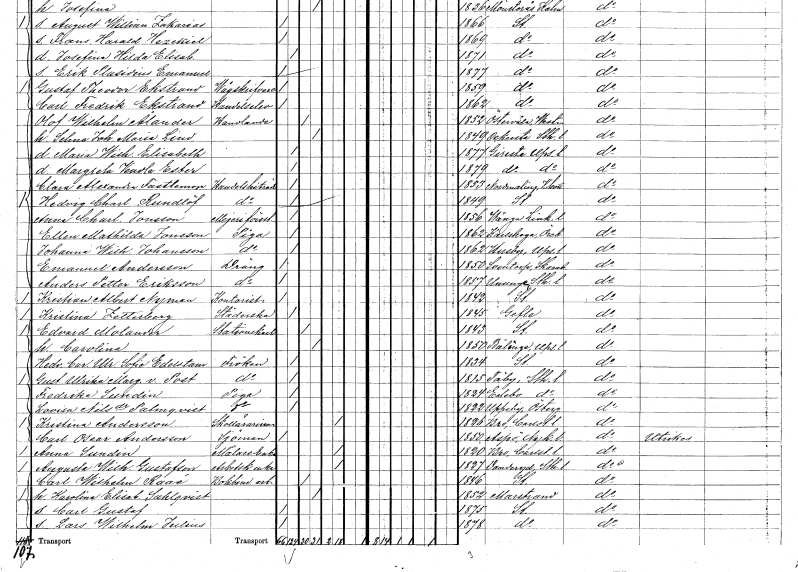
gt_parse: households: individuals: FN: Hedvig Charlotta
EN: Rundlöf
YRKE: Handelsbiträde
KON: K
CIV: O
FODAR: 1849
FODFORS: Stockholm
FN: Anna Charlotta
EN: Jonsson
YRKE: Mejeriföreståndare
KON: K
CIV: O
FODAR: 1856
FODFORS: Vånga Östergötlands län
FN: Ellen Mathilda
EN: Jonsson
YRKE: Piga
KON: K
CIV: O
FODAR: 1862
FODFORS: Karlskoga Örebro län
FN: Johanna Wilhelmina
EN: Johansson
YRKE: Piga
KON: K
CIV: O
FODAR: 1862
FODFORS: Husby Uppsala län
FN: Emanuel
EN: Andersson
YRKE: Dräng
KON: M
CIV: O
FODAR: 1850
FODFORS: Sventorp Skaraborgs län
FN: Anders Petter
EN: Eriksson
YRKE: Dräng
KON: M
CIV: O
FODAR: 1857
FODFORS: Ununge Stockholms län
FN: Kristian Albert
EN: Nyman
YRKE: Kontorist
KON: M
CIV: O
FODAR: 1842
FODFORS: Stockholm
FN: Kristina
EN: Zetterberg
YRKE: Städerska
KON: K
CIV: O
FODAR: 1845
FODFORS: Gävle Gävleborgs län
FN: Edvard
EN: Molander
YRKE: Stationskarl
KON: M
CIV: G
FODAR: 1843
FODFORS: Stockholm
FN: Carolina
KON: K
CIV: G
FODAR: 1850
FODFORS: Bälinge Södermanlands län
FN: Hedvig Carolina Ulrika Sofia
EN: Edelstam
KON: K
CIV: O
FODAR: 1834
FODFORS: Stockholm
FN: Gustafva Ulrika Margareta
EN: v. Post
KON: K
CIV: O
FODAR: 1815
FODFORS: Täby Stockholms län
FN: Fredrika
EN: Sundin
YRKE: Piga
KON: K
CIV: O
FODAR: 1824
FODFORS: Edebo Stockholms län
FN: Lovisa
EN: Nilsdotter Palmqvist
YRKE: Piga
KON: K
CIV: O
FODAR: 1822
FODFORS: Oppeby Östergötlands län
FN: Kristina
EN: Andersson
YRKE: Skollärarinna
KON: K
CIV: E
FODAR: 1826
FODFORS: Bro Värmlands län
FN: Carl Oscar
EN: Andersson
YRKE: Sjöman
KON: M
CIV: O
FODAR: 1850
FODFORS: Aspö Södermanlands län
FN: Anna
EN: Sundin
YRKE: Målareänka
KON: K
CIV: E
FODAR: 1820
FODFORS: Bro Värmlands län
FN: Augusta Wilhelmina
EN: Gustafson
YRKE: Arbetskarlsänka
KON: K
CIV: E
FODAR: 1827
FODFORS: Danderyd Stockholms län
FN: Carl Wilhelm
EN: Raaé
YRKE: Bokbinderiarbetare
KON: M
CIV: G
FODAR: 1846
FODFORS: Stockholm
FN: Karolina Elisabet
EN: Sahlqvist
KON: K
CIV: G
FODAR: 1852
FODFORS: Marstrand Göteborgs- och Bohuslän
FN: Carl Gustaf
KON: M
CIV: O
FODAR: 1875
FODFORS: Stockholm
FN: Lars Wilhelm Julius
KON: M
CIV: O
FODAR: 1878
FODFORS: Stockholm